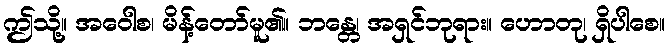
ဤသို့။ အဝေါစ၊ မိန့်တော်မူ၏။ ဘန္တေ၊ အရှင်ဘုရား။ ဟောတု၊ ရှိပါစေ။